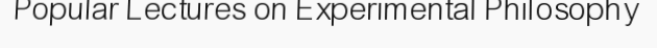
Popular Lectures on Experimental Philosophy